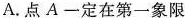
A.点A-定在第一象限